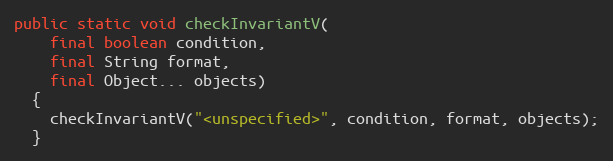
Language: Java
public static void checkInvariantV(
    final boolean condition,
    final String format,
    final Object... objects)
  {
    checkInvariantV("<unspecified>", condition, format, objects);
  }